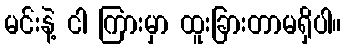
မင်းနဲ့ ငါ ကြားမှာ ထူးခြားတာမရှိပါ။